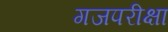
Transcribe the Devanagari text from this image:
गजपरीक्षा